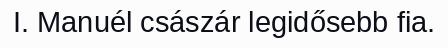
I. Manuél császár legidősebb fia.